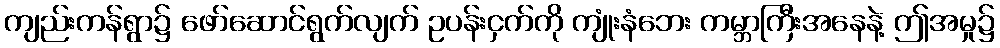
ကျည်းကန်ရွာ၌ ဖော်ဆောင်ရွက်လျက် ဥပန်းငှက်ကို ကျုံးနံဘေး ကမ္ဘာကြီးအနေနဲ့ ဤအမှု၌